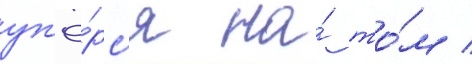
уп'ё́рс'я на́ то́м /